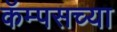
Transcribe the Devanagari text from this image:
कॅम्पसच्या